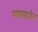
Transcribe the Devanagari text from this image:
परमाउंट